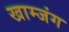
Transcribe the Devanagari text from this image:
खाम्जंग